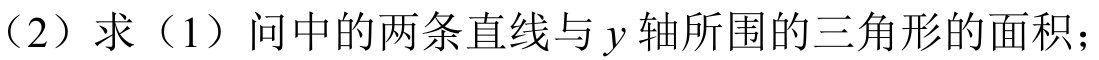
（2）求（1）问中的两条直线与\(y\)轴所围的三角形的面积；